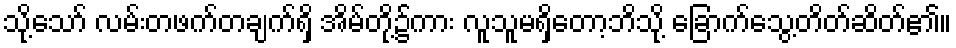
သို့သော် လမ်းတဖက်တချက်ရှိ အိမ်တို့၌ကား လူသူမရှိတော့ဘိသို့ ခြောက်သွေ့တိတ်ဆိတ်၏။